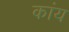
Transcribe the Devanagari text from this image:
कांय